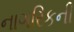
નાગરિકની